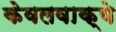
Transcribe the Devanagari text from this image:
केवलवाक्ये